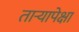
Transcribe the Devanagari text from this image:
तार्‍यापेक्षा